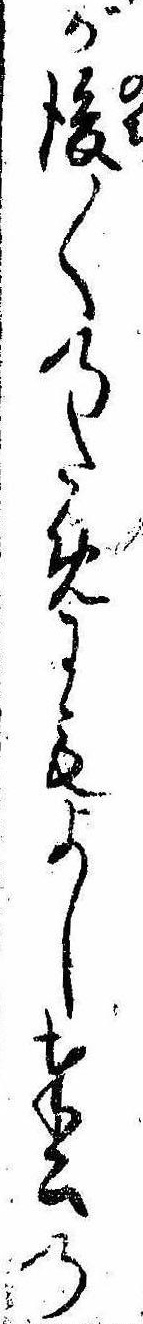
が後〱のためにもよし奉公の